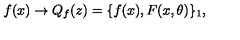
f ( x ) \to Q _ { f } ( z ) = \{ f ( x ) , F ( x , \theta ) \} _ { 1 } ,